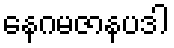
နေဂမဇာနပဒါ